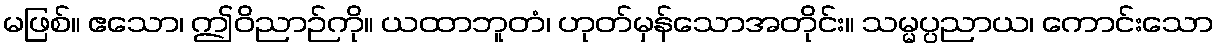
မဖြစ်။ ဧသော၊ ဤဝိညာဉ်ကို။ ယထာဘူတံ၊ ဟုတ်မှန်သောအတိုင်း။ သမ္မပ္ပညာယ၊ ကောင်းသော